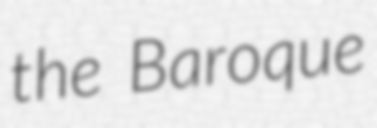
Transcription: the Baroque